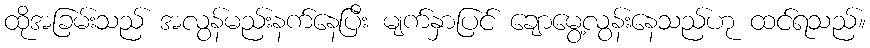
ထိုအခြမ်းသည် အလွန်မည်းနက်နေပြီး မျက်နှာပြင် ချောမွေ့လွန်းနေသည်ဟု ထင်ရသည်။